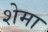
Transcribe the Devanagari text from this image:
शेमा